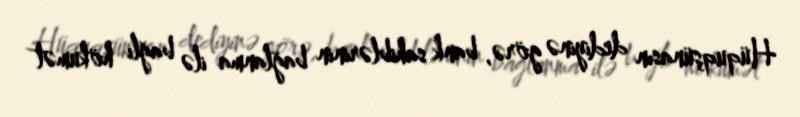
Hüquqşünasın dediyinə görə, bank sahiblərinin bağlanma ilə bağlı hökumət